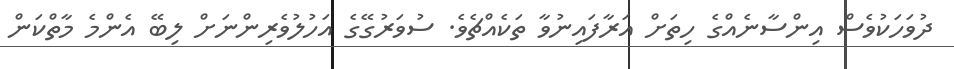
ދުވަހަކުވެސް އިންސާނެއްގެ ހިތަށް އަރާފައިނުވާ ތަކެއްޗެވެ. ސުވަރުގޭގެ އަހުލުވެރިންނަށް ލިބޭ އެންމެ މާތްކަން